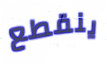
ينقطع